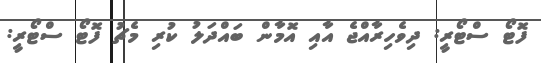
ފޮޓޯ ސްޓޯރީ: ދިވެހިރާއްޖެ އާއި އޮމާން ބައްދަލު ކުރި މެޗު ފޮޓޯ ސްޓޯރީ: